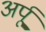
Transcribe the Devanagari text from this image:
अर्पू